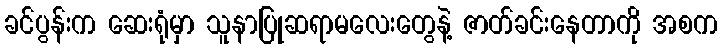
ခင်ပွန်းက ဆေးရုံမှာ သူနာပြုဆရာမလေးတွေနဲ့ ဇာတ်ခင်းနေတာကို အစက